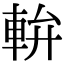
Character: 𨋒